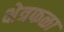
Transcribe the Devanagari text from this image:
क्षेत्रफळा